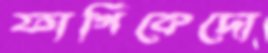
ফার্গিকেদো